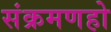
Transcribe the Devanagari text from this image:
संक्रमणहो